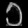
Digit: ၁